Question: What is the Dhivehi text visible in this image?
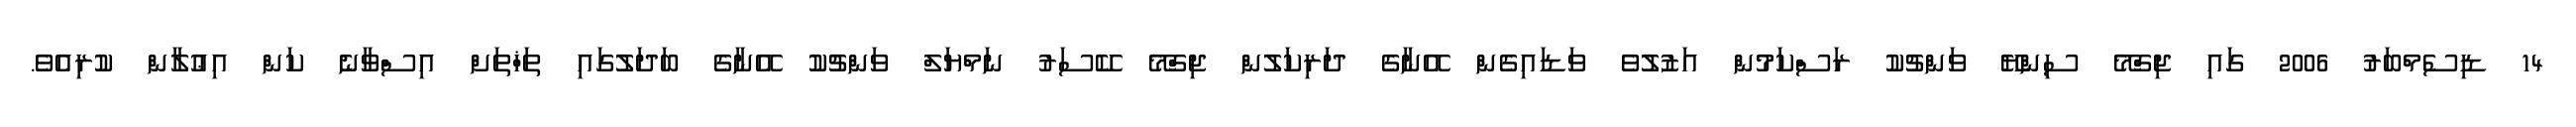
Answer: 14 ޑިސެމްބަރު 2006 ގައި ޖިގްމޭ ސިންޔޭ ވަންޗުކު ރަސްކަމުން އަޒުލުވެ ވަޑައިގެން އޭނާގެ ދަރިކަލުން ޖިގްމޭ ކޭސަރު ނަމްޔަލް ވަންޗުކު އޭނާގެ ބަދަލުގައި ތަޚްތަށް އިސްވާނެ ކަން އިޢުލާން ކުރިއެވެ.